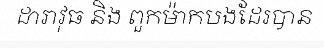
ដារាវុធ និង ពួកម៉ាកបងដែរបាន